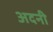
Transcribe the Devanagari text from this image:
अदनी